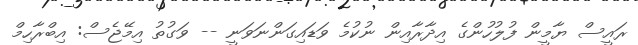
ރައީސް ޔާމީން ފުލުހުންގެ އިދާރާއިން ނުކުމެ ވަޑައިގަންނަވަނީ -- ވަގުތު އިމޭޖެސް: އިބްރާހިމް